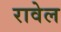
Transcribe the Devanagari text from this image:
रावेल